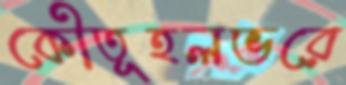
কৌতূহলভরে